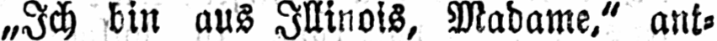
„Ich bin aus Illinois, Madame,“ ant⸗